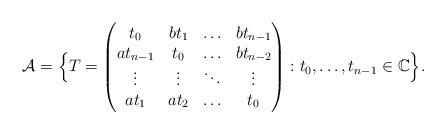
LaTeX: \begin{align*}\mathcal{A}= \Big\{T=\begin{pmatrix}t_{0}& bt_{1}&\ldots &bt_{n-1}\\at_{n-1}& t_{0}& \ldots &bt_{n-2}\\\vdots& \vdots&\ddots &\vdots\\at_{1}& at_{2}&\ldots &t_{0}\end{pmatrix}: t_0,\dots, t_{n-1}\in \mathbb{C}\Big\}.\end{align*}